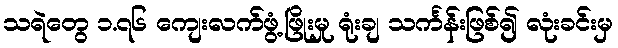
သရဲတွေ ၁.၇၆ ကျေးလက်ဖွံ့ဖြိုးမှု ရုံးချ သင်္ကန်းဖြစ်၍ လုံးခင်းမှ